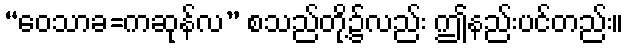
“ဝေသာခ=ကဆုန်လ” စသည်တို့၌လည်း ဤနည်းပင်တည်း။